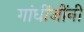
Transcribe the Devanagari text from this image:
गांधींजींनी